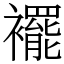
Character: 襬